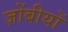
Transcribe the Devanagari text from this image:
ज़ोंबीयों